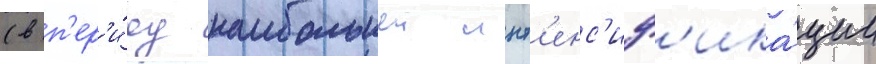
(в п'ер'и́од наибольшеи инт'енс'иф'ика́ции